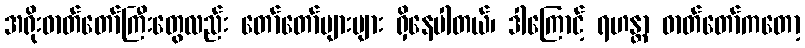
အရိုးဓာတ်တော်ကြီးတွေလည်း တော်တော်များများ ရှိနေပါတယ်၊ ဒါကြောင့် ရဟန္တာ ဓာတ်တော်ကတော့